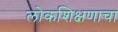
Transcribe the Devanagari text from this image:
लोकशिक्षणाचा